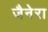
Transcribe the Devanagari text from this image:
जैनेरा